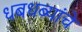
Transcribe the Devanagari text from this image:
धबधब्यांचे